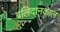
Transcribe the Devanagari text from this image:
बलिदानकाल